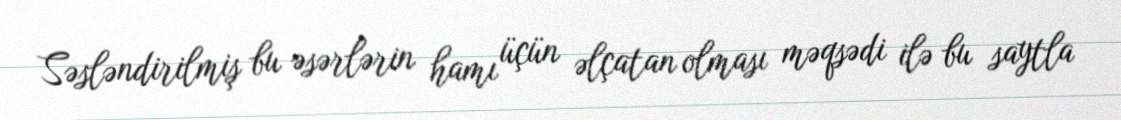
Səsləndirilmiş bu əsərlərin hamı üçün əlçatan olması məqsədi ilə bu saytla